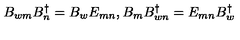
B _ { w m } B _ { n } ^ { \dagger } = B _ { w } E _ { m n } , B _ { m } B _ { w n } ^ { \dagger } = E _ { m n } B _ { w } ^ { \dagger }